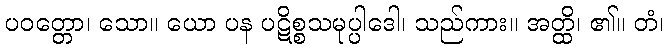
ပဝတ္တော၊ သော။ ယော ပန ပဋိစ္စသမုပ္ပါဒေါ၊ သည်ကား။ အတ္ထိ၊ ၏။ တံ၊